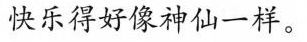
快乐得好像神仙一样。